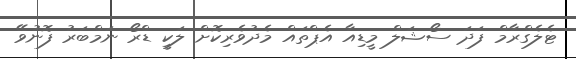
ޓެލެގްރާމް ފަދަ ސޯޝަލް މީޑިއާ އެޕްތައް މެދުވެރިކޮށް ލަކީ ޑްރޯ ނަމްބަރު ފޮނުވޭ